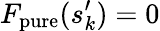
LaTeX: F_{\mathrm{pure}}(s_{k}^{\prime})=0